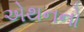
એથનનો